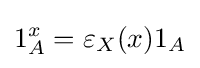
1_{A}^{x}=\varepsilon _{X}(x)1_{A}